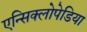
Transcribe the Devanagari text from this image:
एन्सिक्लोपेडिया